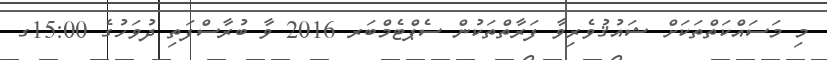
މި މަސައްކަތްތަކަށް ޝައުޤުވެރިވާ ފަރާތްތަކުން ސެޕްޓެމްބަރ 2016 ވާ ބުރާސްފަތި ދުވަހުގެ 15:00ގ